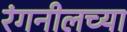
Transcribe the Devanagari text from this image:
रंगनीलच्या